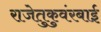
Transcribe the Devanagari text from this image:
राजेतुकुवंरबाई